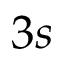
3 s